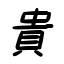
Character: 貴